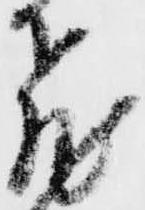
飛